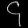
Digit: ၄